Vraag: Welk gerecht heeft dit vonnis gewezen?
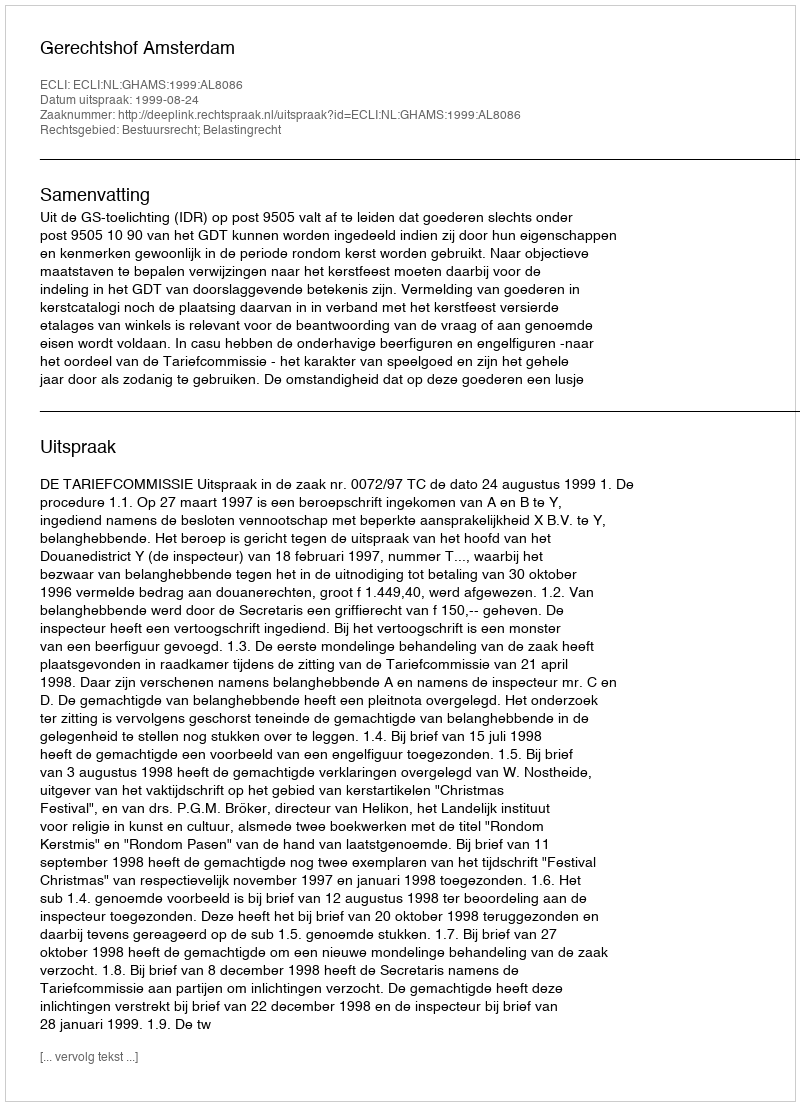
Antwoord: Gerechtshof Amsterdam